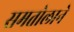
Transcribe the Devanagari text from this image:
समतोलाने